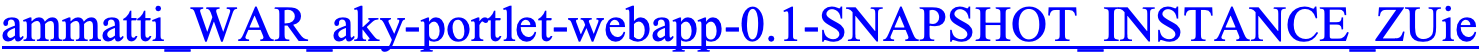
ammatti_WAR_aky-portlet-webapp-0.1-SNAPSHOT_INSTANCE_ZUie